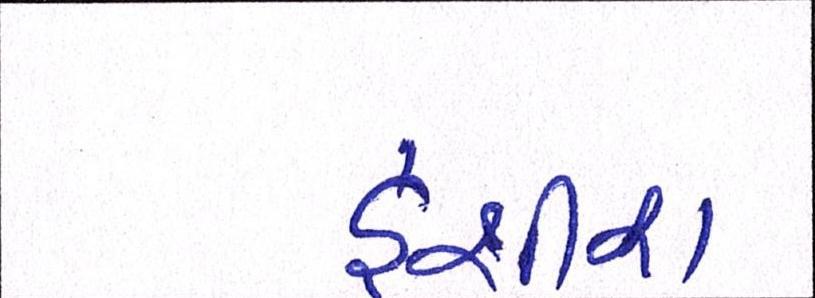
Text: હશીશ